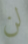
لن